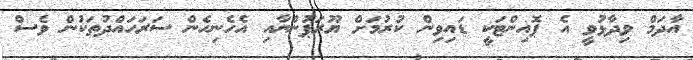
އާދަމް ވިދާޅުވީ އެ ޕޮއިންޓަކީ ޑައިވިން ކުރުމަށް ޔޫރަޕުންނާއި އެހެނިހެން ސަރަހައްދުތަކުން ވެސް